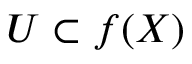
U \subset f ( X )